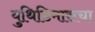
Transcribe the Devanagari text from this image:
युथिडिमासचा